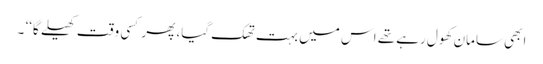
ابھی سامان کھول رہے تھے اس میں بہت تھک گیا، پھر کسی وقت کھیلے گا‘‘ ۔